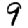
Digit: 9